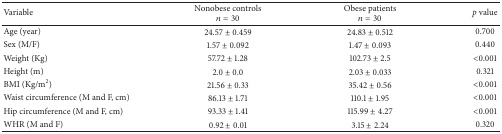
| Variable | Nonobese controlsn = 30 | Obese patientsn = 30 | p value |
 | --- | --- | --- | --- |
 | Age (year) | 24.57 ± 0.459 | 24.83 ± 0.512 | 0.700 |
 | Sex (M/F) | 1.57 ± 0.092 | 1.47 ± 0.093 | 0.440 |
 | Weight (Kg) | 57.72 ± 1.28 | 102.73 ± 2.5 | <0.001 |
 | Height (m) | 2.0 ± 0.0 | 2.03 ± 0.033 | 0.321 |
 | BMI (Kg/m2) | 21.56 ± 0.33 | 35.42 ± 0.56 | <0.001 |
 | Waist circumference (M and F, cm) | 86.13 ± 1.71 | 110.1 ± 1.95 | <0.001 |
 | Hip circumference (M and F, cm) | 93.33 ± 1.41 | 115.99 ± 4.27 | <0.001 |
 | WHR (M and F) | 0.92 ± 0.01 | 3.15 ± 2.24 | 0.320 |